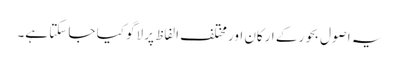
یہ اصول بحور کے ارکان اور مختلف الفاظ پر لاگو کیا جا سکتا ہے۔